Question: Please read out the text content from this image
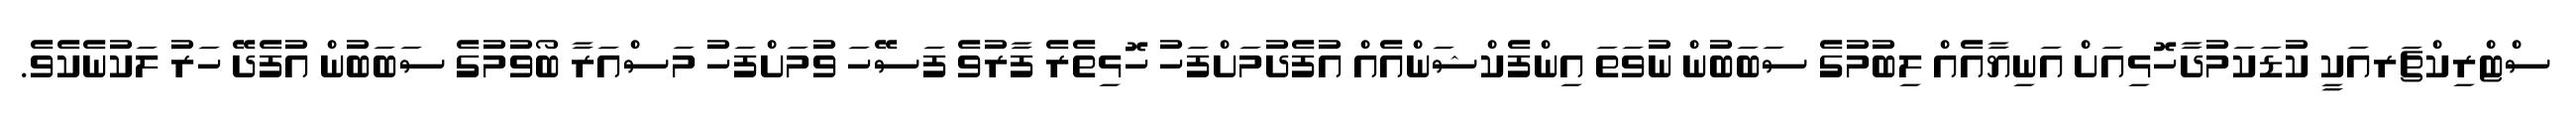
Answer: ސްޓްރިކްޗަރއަކީ ކުޑަކަމުދާހޮޅިއަށް އަނިޔާއެއް ލިބުމުގެ ސަބަބުން ނުވަތަ އިންފެކްޝަންއެއް އުފެދުމަށްފަހު ހޮޅިތެރެ ފާރުވެ ފަސޭހަ ވުމަށްފަހު މަސްއަރާ ބޯވުމުގެ ސަބަބުން އުފެދޭ ހަރު ލަކުނެކެވެ.